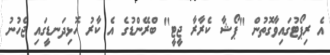
އެ ރިޕޯޓުގައިވާގޮތުން "ޕޯޝާ ކެރާރާ ޖީޓީ" ބްރޭންޑުގެ އެ ކާރު ހޮޅިދަނޑީގައި ޖެހުނު